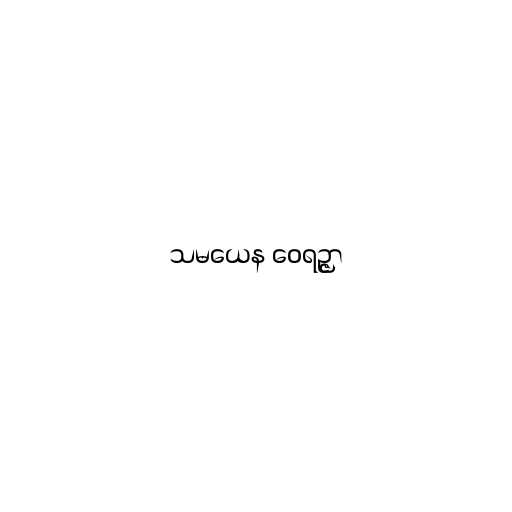
သမယေန ဝေရဉ္ဇာ